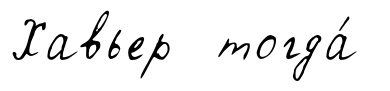
Хавьер тогда́